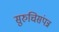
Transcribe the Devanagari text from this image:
सुरुचिसंपन्न